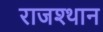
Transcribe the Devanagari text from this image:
राजश्थान